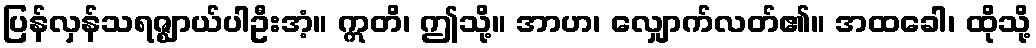
ပြန်လှန်သရဇ္ဈာယ်ပါဦးအံ့။ ဣတိ၊ ဤသို့။ အာဟ၊ လျှောက်လတ်၏။ အထခေါ၊ ထိုသို့